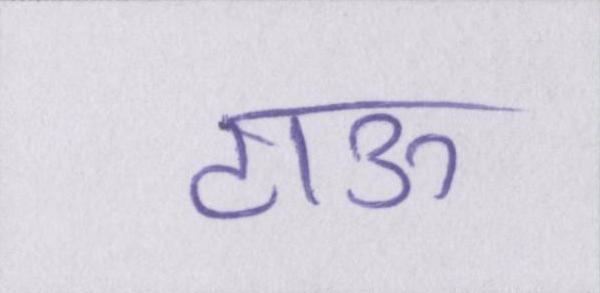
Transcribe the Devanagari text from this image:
टाऊ